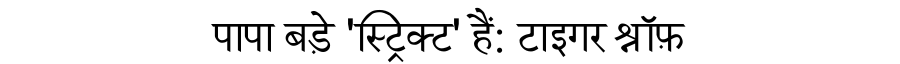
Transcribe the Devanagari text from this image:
पापा बड़े 'स्ट्रिक्ट' हैं: टाइगर श्रॉफ़